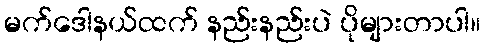
မက်ဒေါနယ်ထက် နည်းနည်းပဲ ပိုများတာပါ။